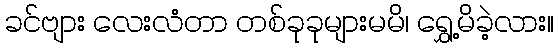
ခင်ဗျား လေးလံတာ တစ်ခုခုများမမိ၊ ရွှေ့မိခဲ့လား။